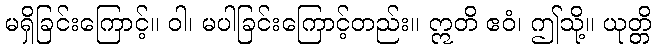
မရှိခြင်းကြောင့်။ ဝါ၊ မပါခြင်းကြောင့်တည်း။ ဣတိ ဧဝံ၊ ဤသို့။ ယုတ္တိ